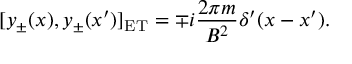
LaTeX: [ y _ { \pm } ( x ) , y _ { \pm } ( x ^ { \prime } ) ] _ { \mathrm { E T } } = \mp i { \frac { 2 \pi m } { B ^ { 2 } } } \delta ^ { \prime } ( x - x ^ { \prime } ) .